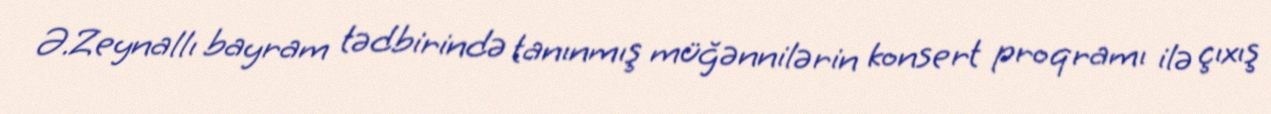
Ə.Zeynallı bayram tədbirində tanınmış müğənnilərin konsert proqramı ilə çıxış